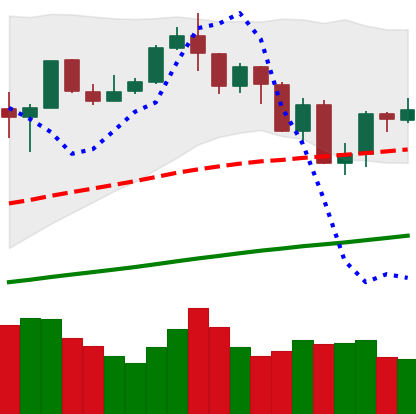
Ticker: BTC-USD
Chart end date: 2019-07-20
Forward return: -7.944%
Label: down_7plus